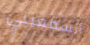
أتسمعيني